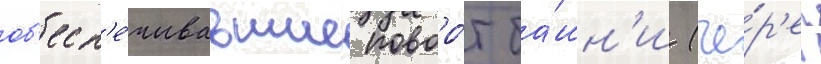
об'есп'е́чивавшие поворо́т ба́шн'и (че́р'ез